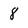
Character: 8